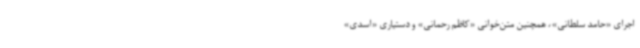
اجرای «حامد سلطانی»، همچنین متن‌خوانی «کاظم رحمانی» و دستیاری «اسدی»